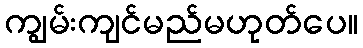
ကျွမ်းကျင်မည်မဟုတ်ပေ။